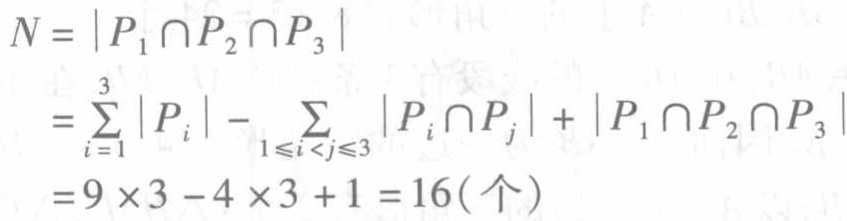
\[
\begin{align*}
N&=\left|P_{1}\cap P_{2}\cap P_{3}\right|\\
&=\sum_{i = 1}^{3}\left|P_{i}\right|-\sum_{1\leqslant i<j\leqslant3}\left|P_{i}\cap P_{j}\right|+\left|P_{1}\cap P_{2}\cap P_{3}\right|\\
&=9\times3 - 4\times3+1 = 16(\text{个})
\end{align*}
\]